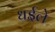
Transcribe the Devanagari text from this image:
धईले